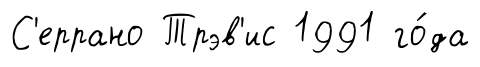
С'еррано Трэв'ис 1991 го́да